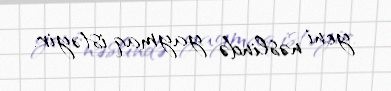
yeni nəslində yaymaq istəyir.